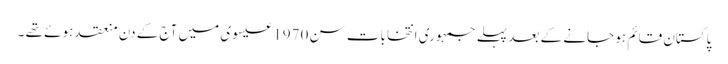
پاکستان قائم ہو جانے کے بعد پہلے جمہوری انتخابات سن 1970 عیسوی میں آج کے دن منعقد ہوئے تھے ۔